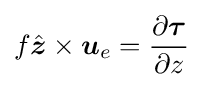
f{\hat {\boldsymbol {z}}}\times {\boldsymbol {u}}_{e}={\frac {\partial {\boldsymbol {\tau }}}{\partial z}}